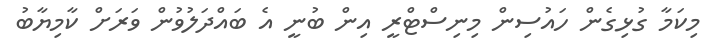
މިކަމާ ގުޅިގެން ހައުސިން މިނިސްޓްރީ އިން ބުނީ އެ ބައްދަލުވުން ވަރަށް ކާމިޔާބު